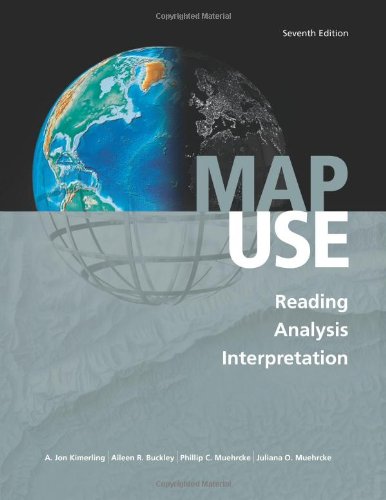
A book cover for Map Use: Reading, Analysis, Interpretation, Seventh Edition; A. Jon Kimerling; Science & Math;